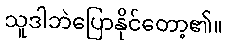
သူဒါဘဲပြောနိုင်တော့၏။